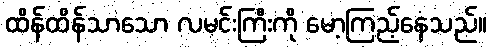
ထိန်ထိန်သာသော လမင်းကြီးကို မော့ကြည့်နေသည်။